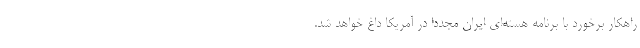
راهکار برخورد با برنامه هسته‌ای ایران مجددا در آمریکا داغ خواهد شد.